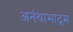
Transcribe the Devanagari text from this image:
अनंथाभाद्रम